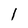
Character: l